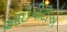
આઈપીટીએ